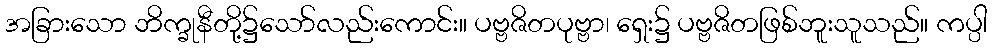
အခြားသော ဘိက္ခုနီတို့၌သော်လည်းကောင်း။ ပဗ္ဗဇိတပုဗ္ဗာ၊ ရှေး၌ ပဗ္ဗဇိတဖြစ်ဘူးသူသည်။ ကပ္ပါ